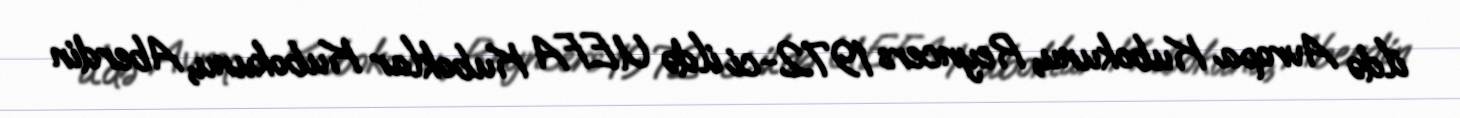
ildə Avropa Kubokunu, Reyncers 1972-ci ildə UEFA Kuboklar Kubokunu, Aberdin